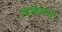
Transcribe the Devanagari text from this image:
डिंडिमभट्ट